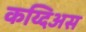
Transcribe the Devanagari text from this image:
कय्दिअस